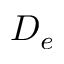
D _ { e }